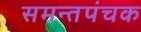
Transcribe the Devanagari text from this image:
समन्तपंचक